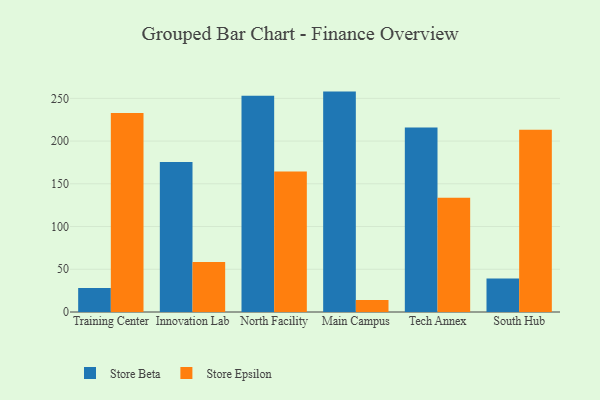
{"axis": {"x": "Campus", "y": "Bounce Rate (%)"}, "legend": ["Store Beta", "Store Epsilon"], "data": [{"x": "Training Center", "y": 28.1, "type": "Store Beta"}, {"x": "Training Center", "y": 232.9, "type": "Store Epsilon"}, {"x": "Innovation Lab", "y": 175.4, "type": "Store Beta"}, {"x": "Innovation Lab", "y": 58.6, "type": "Store Epsilon"}, {"x": "North Facility", "y": 253.0, "type": "Store Beta"}, {"x": "North Facility", "y": 164.3, "type": "Store Epsilon"}, {"x": "Main Campus", "y": 257.9, "type": "Store Beta"}, {"x": "Main Campus", "y": 14.1, "type": "Store Epsilon"}, {"x": "Tech Annex", "y": 215.9, "type": "Store Beta"}, {"x": "Tech Annex", "y": 133.7, "type": "Store Epsilon"}, {"x": "South Hub", "y": 39.3, "type": "Store Beta"}, {"x": "South Hub", "y": 213.3, "type": "Store Epsilon"}]}